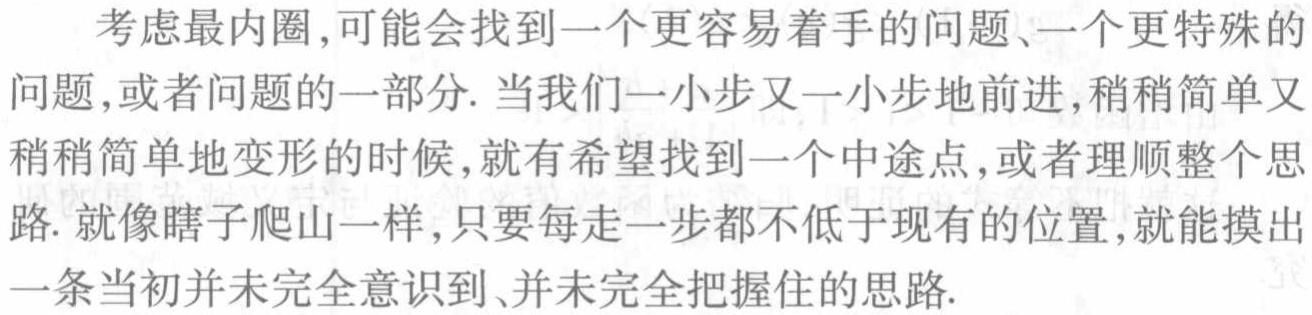
考虑最内圈,可能会找到一个更容易着手的问题、一个更特殊的问题,或者问题的一部分. 当我们一小步又一小步地前进,稍稍简单又稍稍简单地变形的时候,就有希望找到一个中途点,或者理顺整个思路. 就像瞎子爬山一样,只要每走一步都不低于现有的位置,就能摸出一条当初并未完全意识到、并未完全把握住的思路.